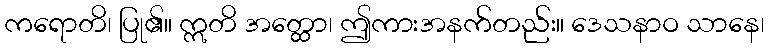
ကရောတိ၊ ပြု၏။ ဣတိ အတ္ထော၊ ဤကားအနက်တည်း။ ဒေသနာဝ သာနေ၊